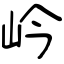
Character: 岒